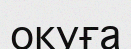
окуға